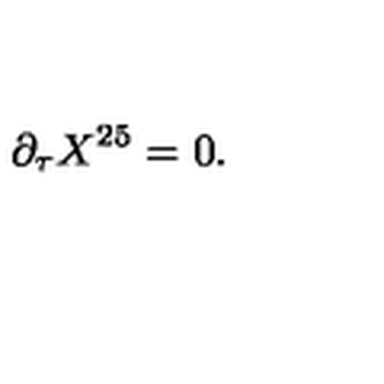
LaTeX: \partial _ { \tau } X ^ { 2 5 } = 0 .